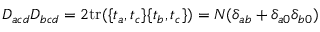
D _ { a c d } D _ { b c d } = 2 \mathrm { t r } ( \{ t _ { a } , t _ { c } \} \{ t _ { b } , t _ { c } \} ) = N ( \delta _ { a b } + \delta _ { a 0 } \delta _ { b 0 } )